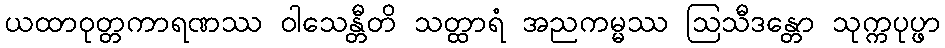
ယထာဝုတ္တကာရဏဿ ဝါသေန္တီတိ သတ္ထာရံ အညကမ္မဿ ဩသီဒန္တော သုက္ကပုပ္ဖာ